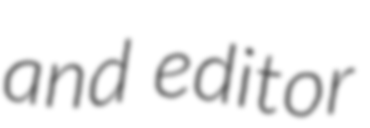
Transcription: and editor